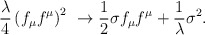
\begin{align*}\frac {\lambda}4 \left(f_\mu f^\mu\right)^2\ \to \frac 12 {\sigma}f_\mu f^\mu + \frac 1{\lambda} \sigma^2 .\end{align*}